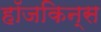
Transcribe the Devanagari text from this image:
हॉजकिन्स